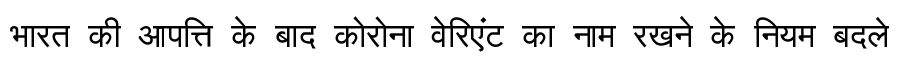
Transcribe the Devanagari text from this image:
भारत की आपत्ति के बाद कोरोना वेरिएंट का नाम रखने के नियम बदले